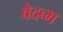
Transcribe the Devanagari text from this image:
वेदब्भ